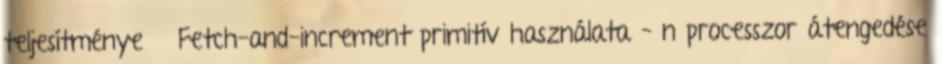
teljesítménye ● Fetch-and-increment primitív használata – n processzor átengedése